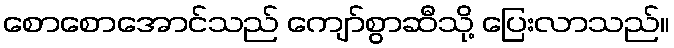
စောစောအောင်သည် ကျော်စွာဆီသို့ ပြေးလာသည်။